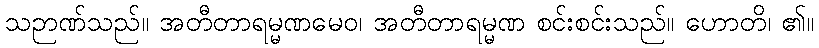
သဉာဏ်သည်။ အတီတာရမ္မဏမေဝ၊ အတီတာရမ္မဏ စင်းစင်းသည်။ ဟောတိ၊ ၏။